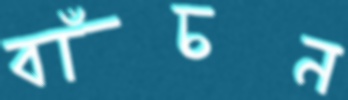
বাঁচন